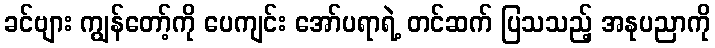
ခင်ဗျား ကျွန်တော့်ကို ပေကျင်း အော်ပရာရဲ့ တင်ဆက် ပြသသည့် အနုပညာကို